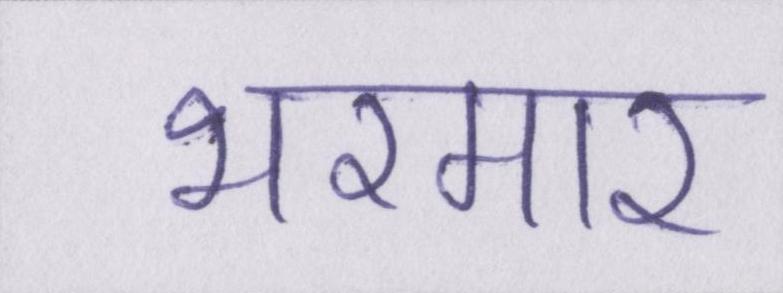
भरमार